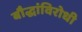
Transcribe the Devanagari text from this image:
बौद्धांविरोधी